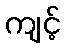
ကျင့်